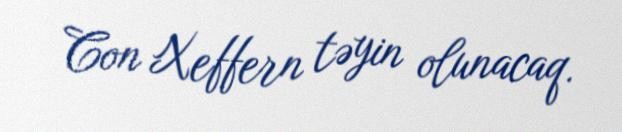
Con Xeffern təyin olunacaq.